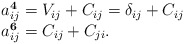
\begin{align*}\begin{array}{l}a_{ij}^{\bf 4} = V_{ij} + C_{ij} = \delta_{ij} + C_{ij}\\a_{ij}^{\bf 6} = C_{ij} + C_{ji}.\\\end{array}\end{align*}